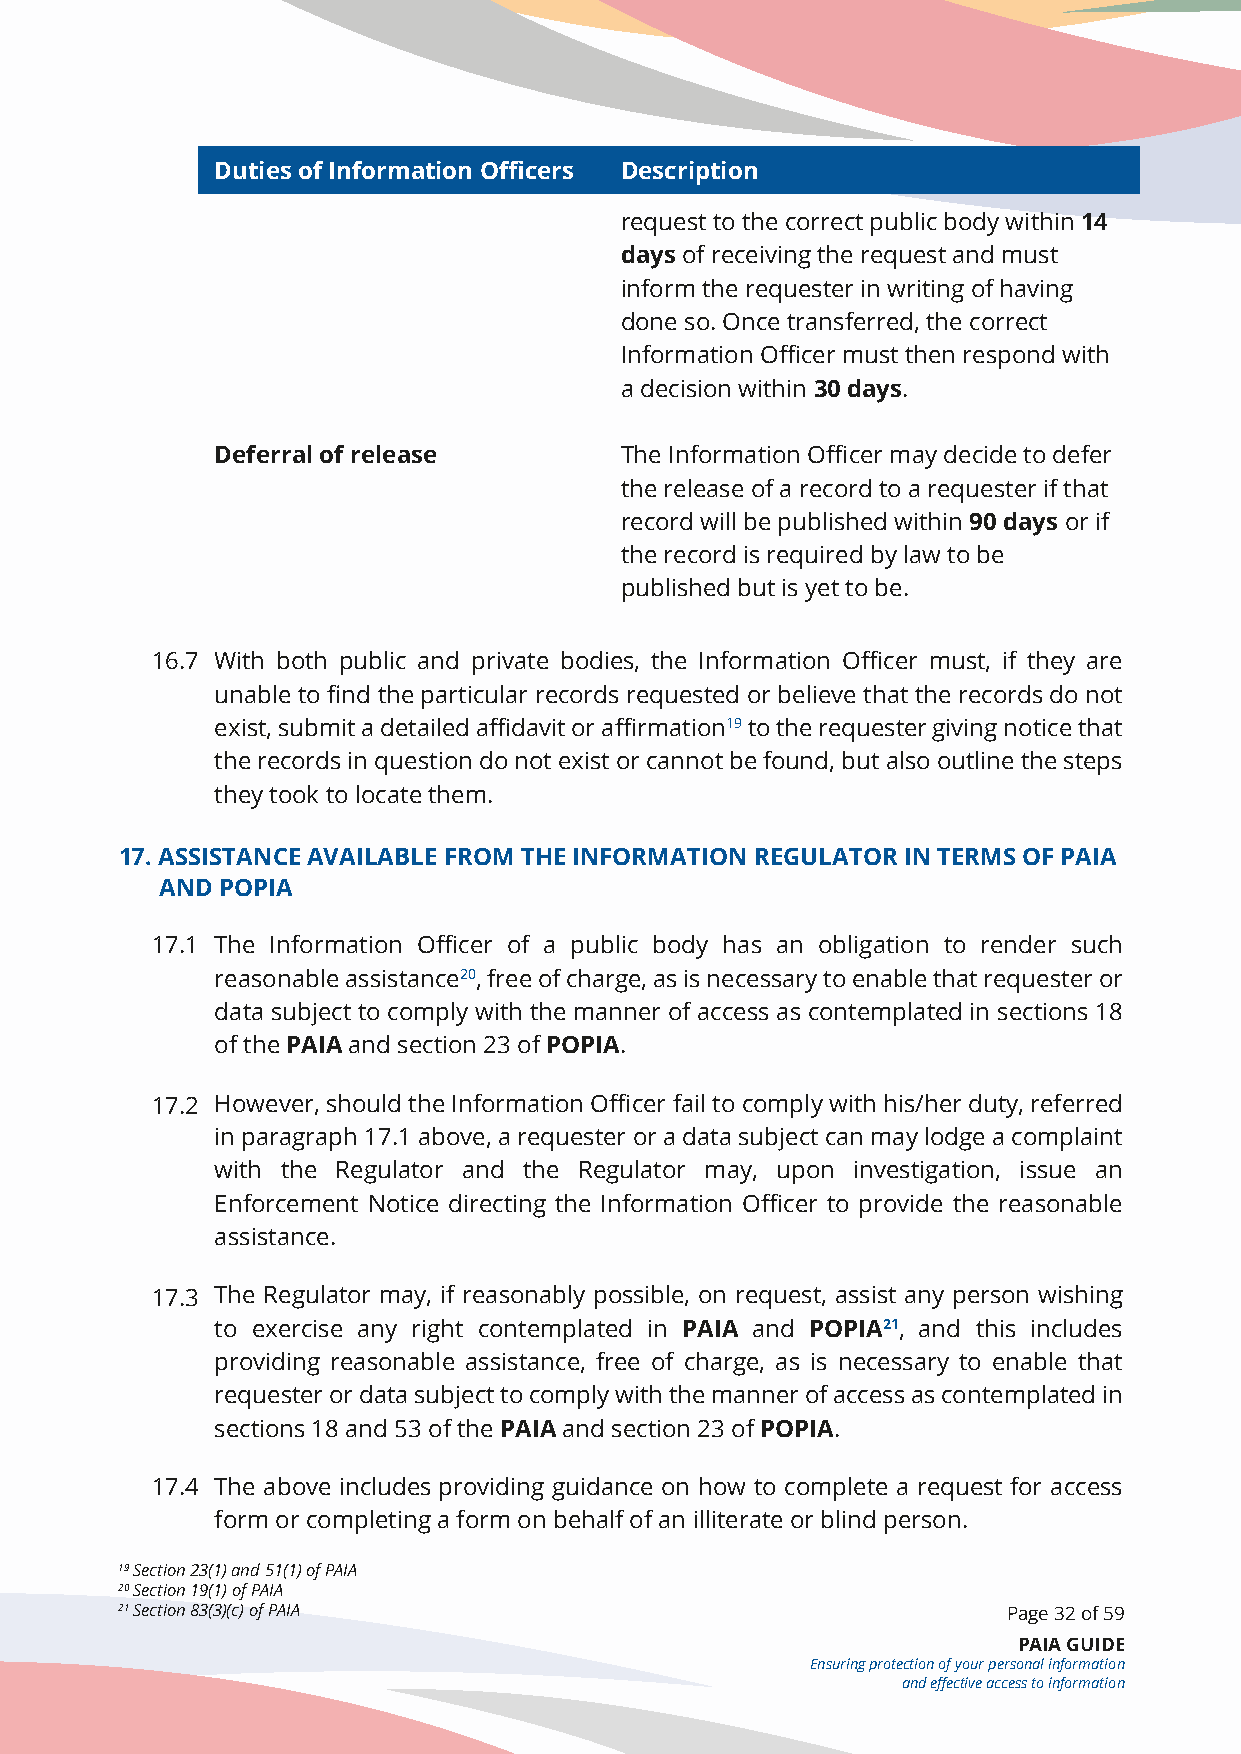
Duties of Information Officers Description
 request to the correct public body within 14
 days of receiving the request and must
 inform the requester in writing of having
 done so. Once transferred, the correct
 Information Officer must then respond with
 a decision within 30 days.
 Deferral of release        The Information Officer may decide to defer
 the release of a record to a requester if that
 record will be published within 90 days or if
 the record is required by law to be
 published but is yet to be.
 16.7 With both public and private bodies, the Information Officer must, if they are
 unable to find the particular records requested or believe that the records do not
 exist, submit a detailed affidavit or affirmation19 to the requester giving notice that
 the records in question do not exist or cannot be found, but also outline the steps
 they took to locate them.
 17. ASSISTANCE AVAILABLE FROM THE INFORMATION REGULATOR IN TERMS OF PAIA
 17. AND POPIA
 17.1 The Information Officer of a public body has an obligation to render such
 reasonable assistance20, free of charge, as is necessary to enable that requester or
 data subject to comply with the manner of access as contemplated in sections 18
 of the PAIA and section 23 of POPIA.
 17.2 However, should the Information Officer fail to comply with his/her duty, referred
 in paragraph 17.1 above, a requester or a data subject can may lodge a complaint
 with the Regulator and the Regulator may, upon investigation, issue an
 Enforcement Notice directing the Information Officer to provide the reasonable
 assistance.
 17.3 The Regulator may, if reasonably possible, on request, assist any person wishing
 to exercise any right contemplated in PAIA and POPIA21, and this includes
 providing reasonable assistance, free of charge, as is necessary to enable that
 requester or data subject to comply with the manner of access as contemplated in
 sections 18 and 53 of the PAIA and section 23 of POPIA.
 17.4 The above includes providing guidance on how to complete a request for access
 form or completing a form on behalf of an illiterate or blind person.
 19 Section 23(1) and 51(1) of PAIA
 20 Section 19(1) of PAIA
 21 Section 83(3)(c) of PAIA                                Page 32 of 59
 PAIA GUIDE
 Ensuring protection of your personal information
 and effective access to information